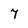
Character: 7